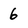
Character: 6